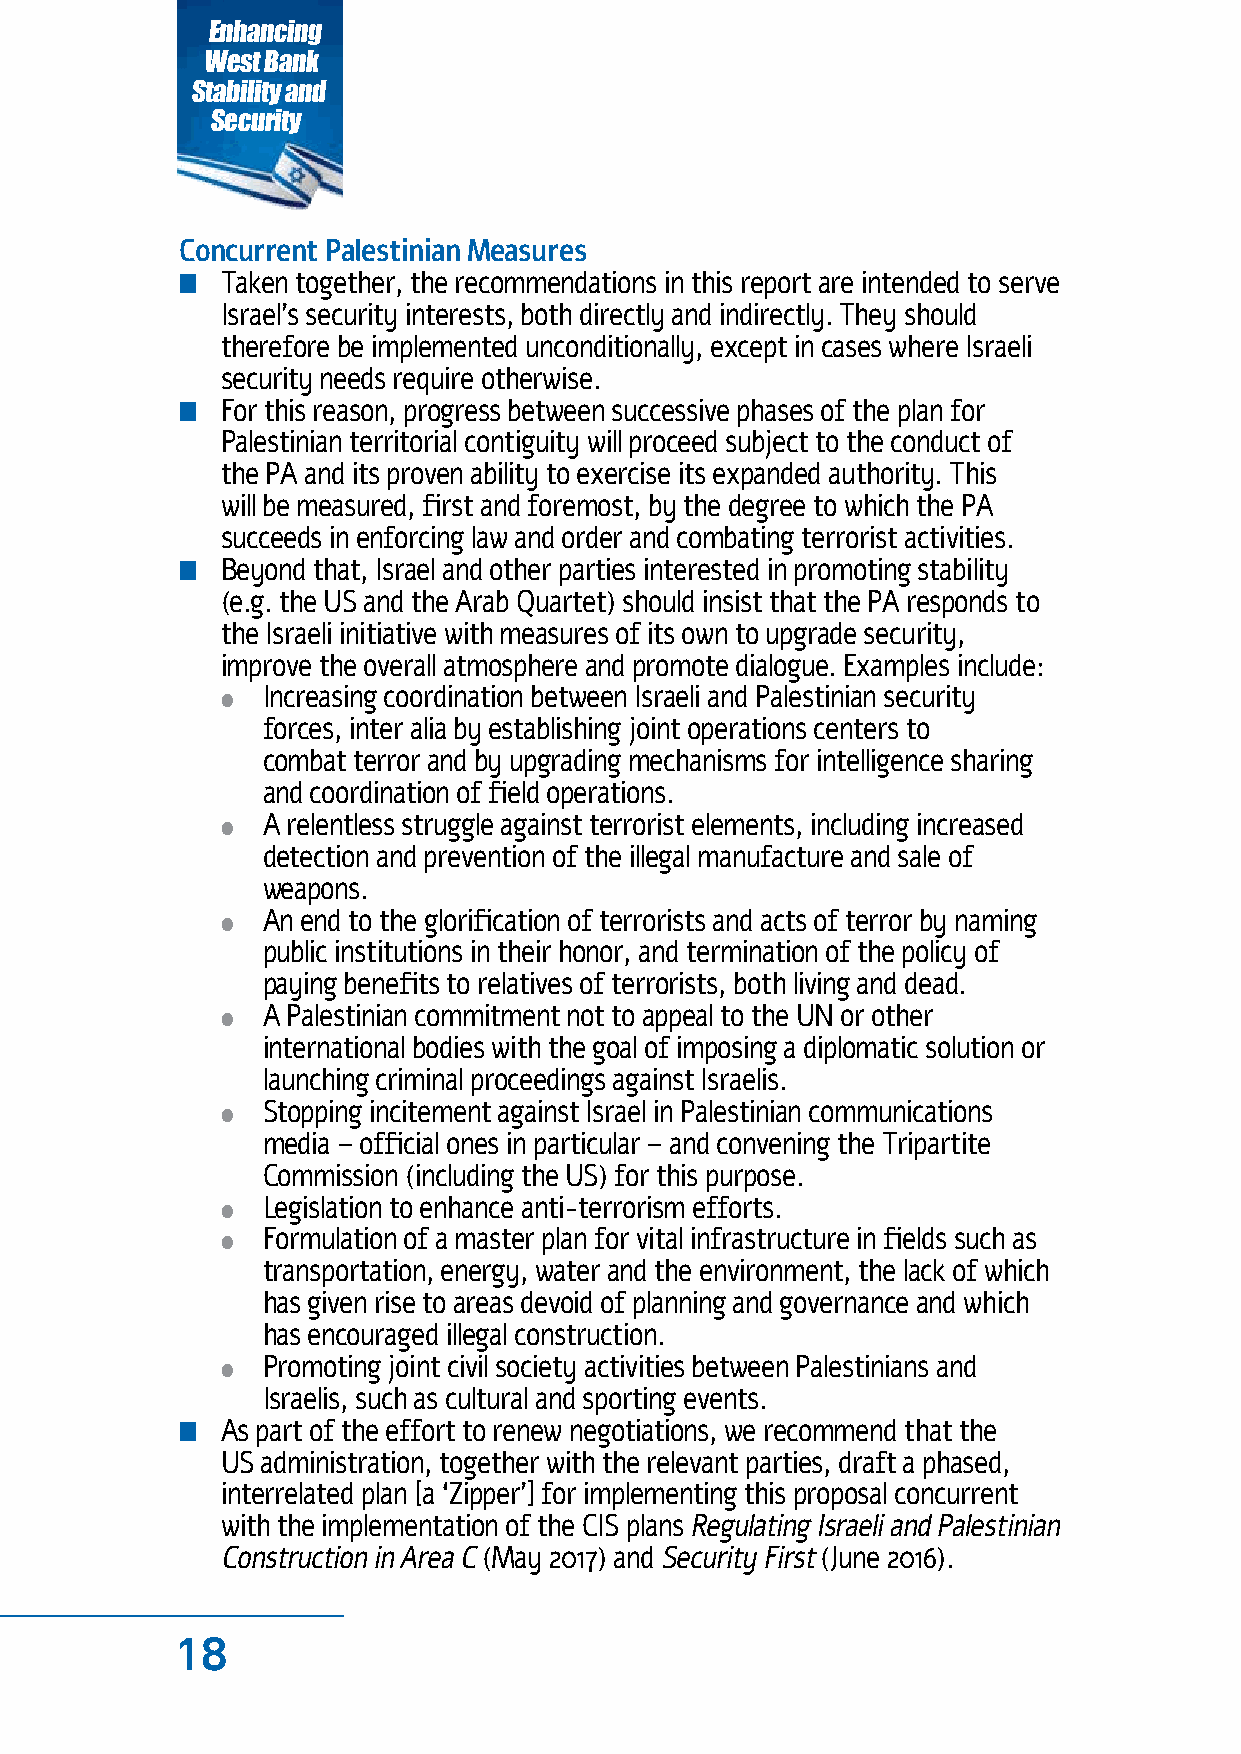
Enhancing
 West Bank
 Stability and
 Security
 Concurrent Palestinian Measures
 n  Taken together, the recommendations in this report are intended to serve
 Israel’s security interests, both directly and indirectly. They should
 therefore be implemented unconditionally, except in cases where Israeli
 security needs require otherwise.
 n  For this reason, progress between successive phases of the plan for
 Palestinian territorial contiguity will proceed subject to the conduct of
 the PA and its proven ability to exercise its expanded authority. This
 will be measured, first and foremost, by the degree to which the PA
 succeeds in enforcing law and order and combating terrorist activities.
 n  Beyond that, Israel and other parties interested in promoting stability
 (e.g. the US and the Arab Quartet) should insist that the PA responds to
 the Israeli initiative with measures of its own to upgrade security,
 improve the overall atmosphere and promote dialogue. Examples include:
 ● Increasing coordination between Israeli and Palestinian security
 forces, inter alia by establishing joint operations centers to
 combat terror and by upgrading mechanisms for intelligence sharing
 and coordination of field operations.
 ● A relentless struggle against terrorist elements, including increased
 detection and prevention of the illegal manufacture and sale of
 weapons.
 ● An end to the glorification of terrorists and acts of terror by naming
 public institutions in their honor, and termination of the policy of
 paying benefits to relatives of terrorists, both living and dead.
 ● A Palestinian commitment not to appeal to the UN or other
 international bodies with the goal of imposing a diplomatic solution or
 launching criminal proceedings against Israelis.
 ● Stopping incitement against Israel in Palestinian communications
 media – official ones in particular – and convening the Tripartite
 Commission (including the US) for this purpose.
 ● Legislation to enhance anti-terrorism efforts.
 ● Formulation of a master plan for vital infrastructure in fields such as
 transportation, energy, water and the environment, the lack of which
 has given rise to areas devoid of planning and governance and which
 has encouraged illegal construction.
 ● Promoting joint civil society activities between Palestinians and
 Israelis, such as cultural and sporting events.
 n  As part of the effort to renew negotiations, we recommend that the
 US administration, together with the relevant parties, draft a phased,
 interrelated plan [a ‘Zipper’] for implementing this proposal concurrent
 with the implementation of the CIS plans Regulating Israeli and Palestinian
 Construction in Area C (May 2017) and Security First (June 2016).
 18